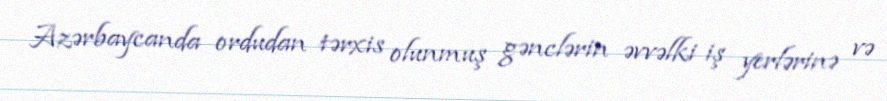
Azərbaycanda ordudan tərxis olunmuş gənclərin əvvəlki iş yerlərinə və